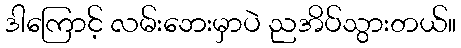
ဒါကြောင့် လမ်းဘေးမှာပဲ ညအိပ်သွားတယ်။